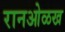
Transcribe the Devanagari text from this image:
रानओळख